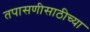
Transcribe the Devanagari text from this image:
तपासणीसाठीच्या